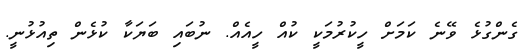
ގެންގުޅެ ވޭނެ ކަމަށް ހީކުރުމަކީ ކުއް ހީއެއް. ނުބައި ބަޔަކާ ކުޅެން ތިއުޅުނީ.